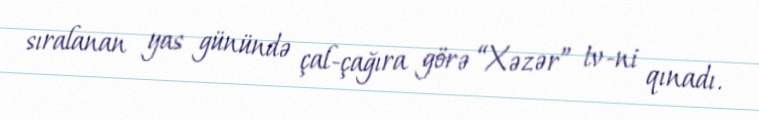
sıralanan yas günündə çal-çağıra görə “Xəzər” tv-ni qınadı.